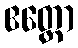
ဧတ္တော